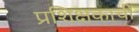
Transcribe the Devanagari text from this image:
प्रशिक्षकाची